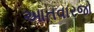
આતવારજો